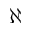
\aleph